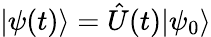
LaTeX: |\psi(t)\rangle=\hat{U}(t)|\psi_{0}\rangle